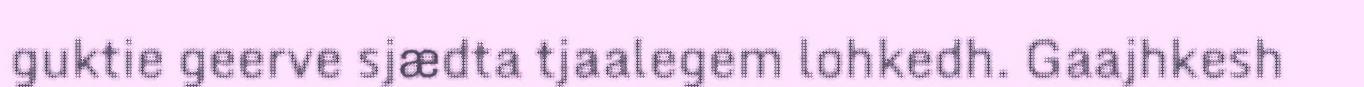
guktie geerve sjædta tjaalegem lohkedh. Gaajhkesh